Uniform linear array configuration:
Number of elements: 48
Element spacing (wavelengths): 0.5
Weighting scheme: blackman
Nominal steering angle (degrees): -45
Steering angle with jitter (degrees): -46.339
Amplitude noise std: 0.05
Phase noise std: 0.05

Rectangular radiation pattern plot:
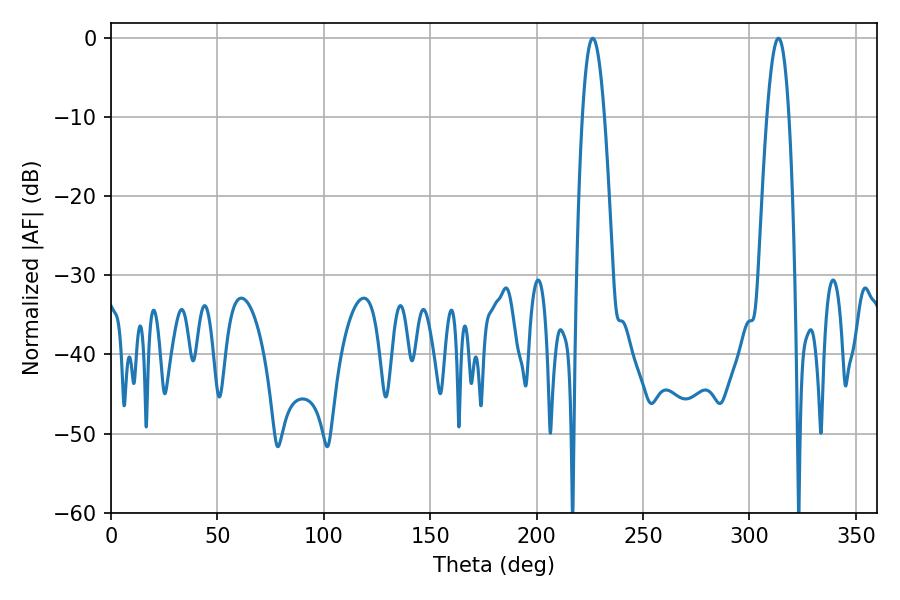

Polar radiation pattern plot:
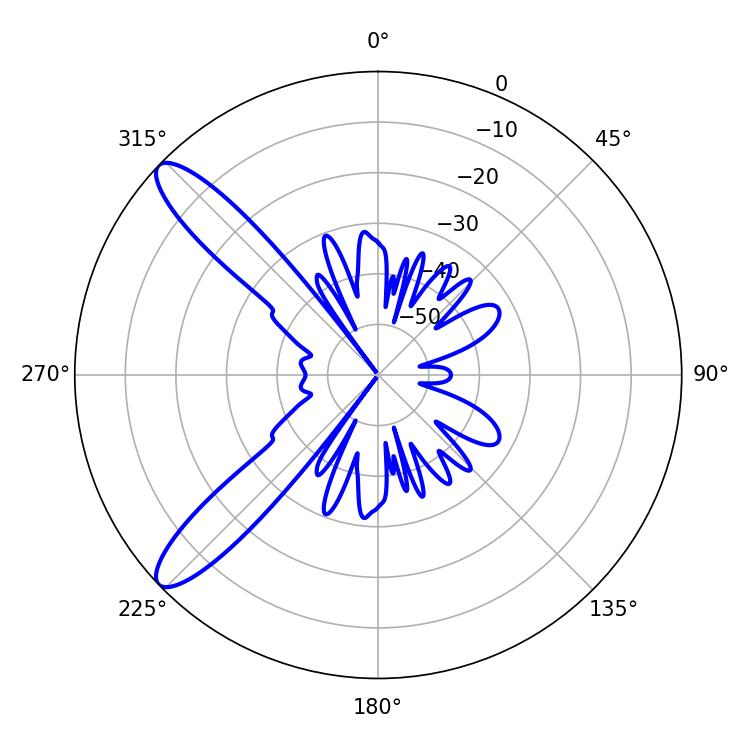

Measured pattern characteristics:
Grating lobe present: FALSE
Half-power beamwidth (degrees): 5.76
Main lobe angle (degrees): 313.56